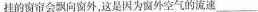
挂的窗帘会飘向窗外，这是因为窗外空气的流速___